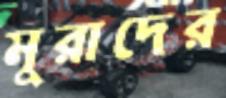
মুরাদের